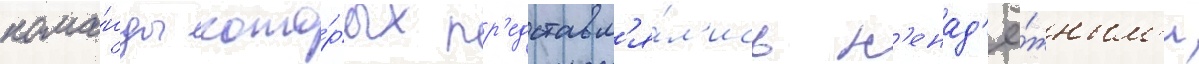
кома́нды кото́рых пр'едставл'я́л'ись н'енад'ё́жным'и